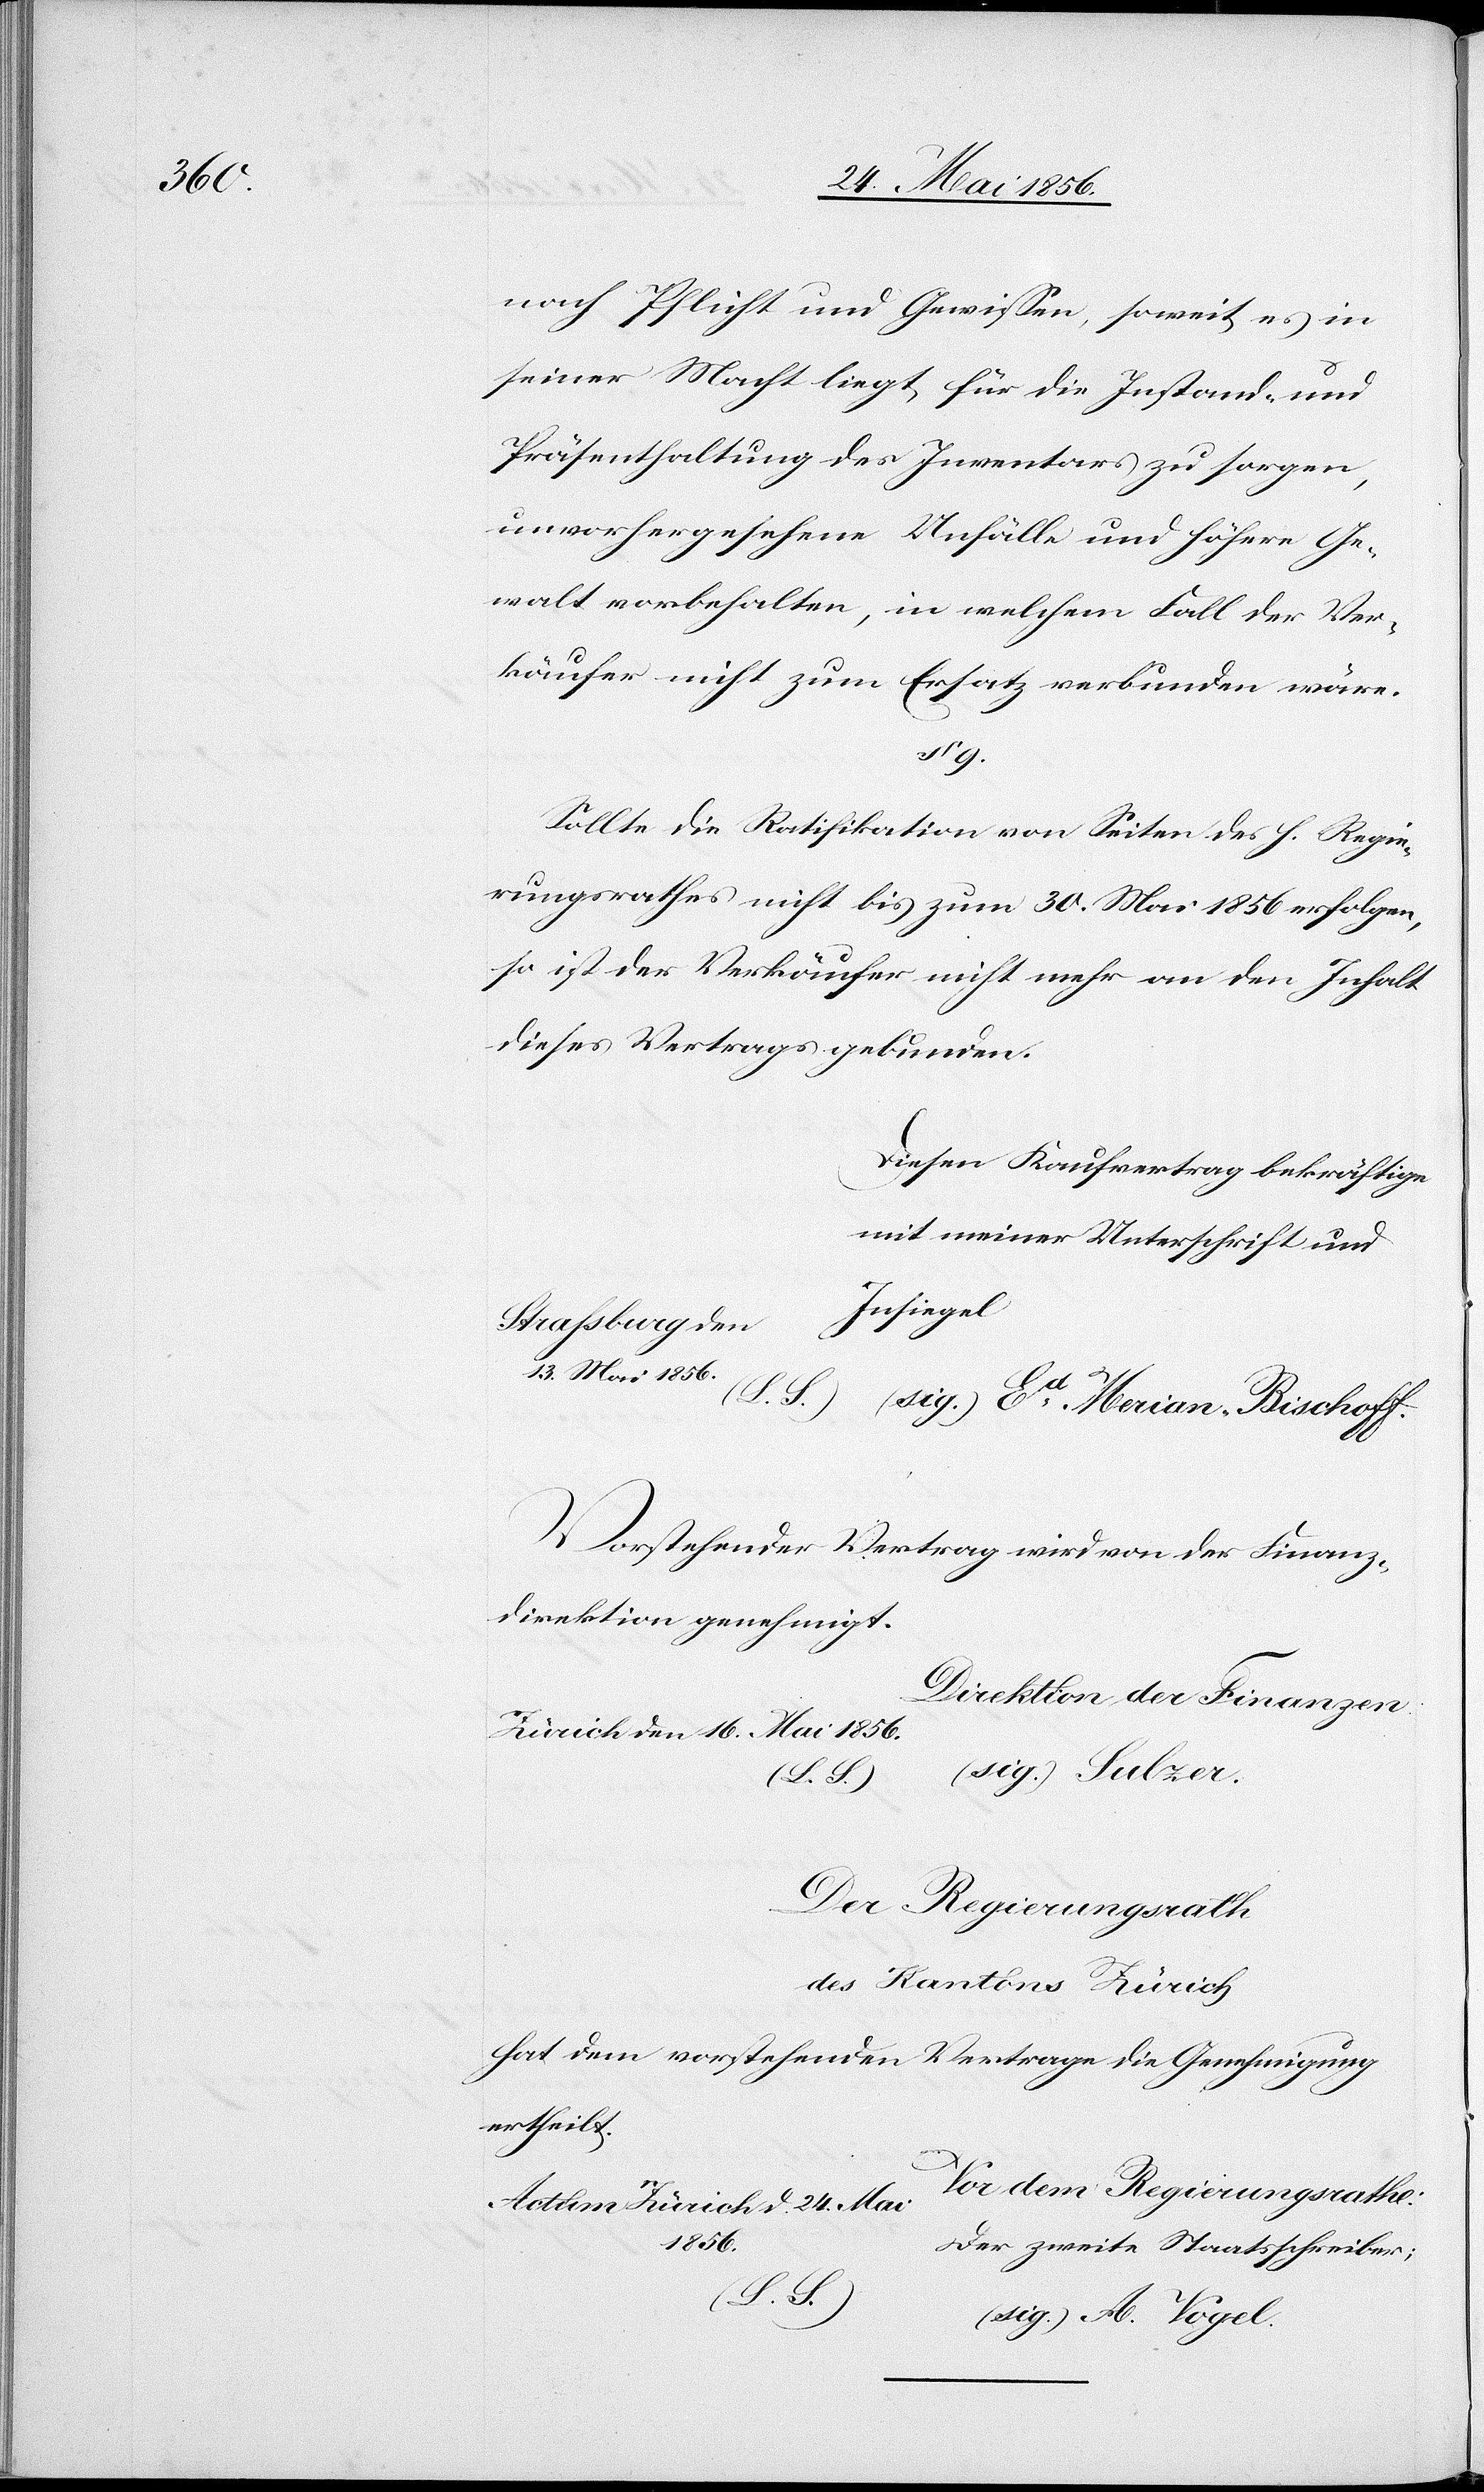
d.

24. Mai 1856.
nach Pflicht und Gewissen, soweit es in
seiner Macht liegt, für die Instand- und
Präsenthaltung des Inventars zu sorgen,
unvorhergesehene Unfälle und höhere Ge¬
walt vorbehalten, in welchem Fall der Ver¬
käufer nicht zum Ersatz verbunden wäre.
§ 9.
Sollte die Ratifikation von Seiten des h. Regie¬
rungsrathes nicht bis zum 30. Mai 1856 erfolgen,
so ist der Verkäufer nicht mehr an den Inhalt
dieses Vertrages gebunden.
Diesen Kaufvertrag bekräftige
mit meiner Unterschrift und
Insiegel
Straßburg den
13. Mai 1856.
Vorstehender Vertrag wird von der Finanz¬
direktion genehmigt.
Direktion der Finanzen
Zürich den 16. Mai 1856.
Der Regierungsrath
des Kantons Zürich
hat dem vorstehenden Vertrage die Genehmigung
ertheilt.
Vor dem Regierungsrathe: